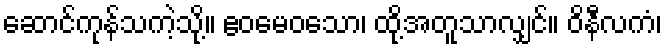
ဆောင်ကုန်သကဲ့သို့။ ဧဝမေဝသော၊ ထို့အတူသာလျှင်။ ဝိနီလကံ၊